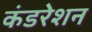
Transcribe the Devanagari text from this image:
कंडरेशन